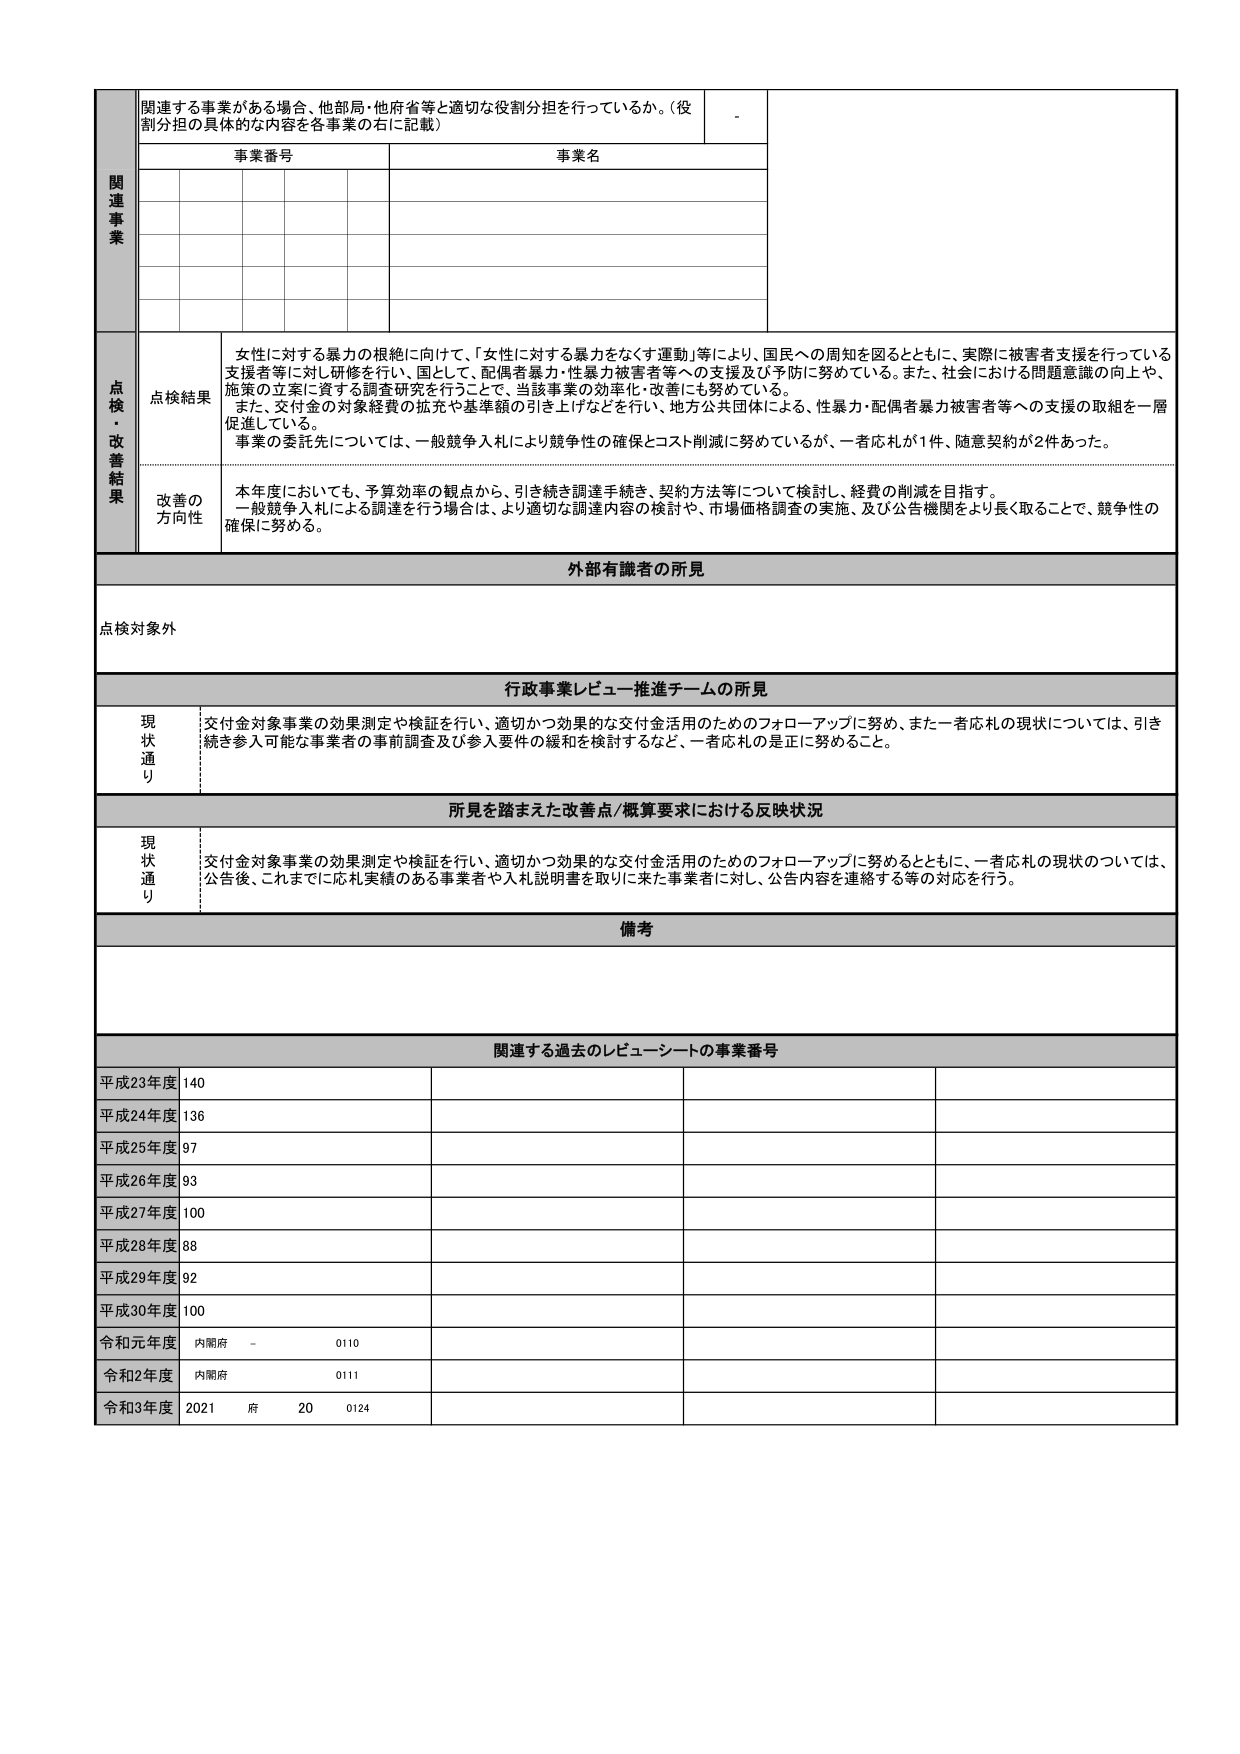
関連する事業がある場合、他部局・他府省等と適切な役割分担を行っているか。（役割分担の具体的な内容を各事業の右に記載）

関連事業

事業番号
事業名

点検・改善結果

点検結果
女性に対する暴力の根絶に向けて、「女性に対する暴力をなくす運動」等により、国民への周知を図るとともに、実際に被害者支援を行っている支援者等に対し研修を行い、国として、配偶者暴力・性暴力被害者等への支援及び予防に努めている。また、社会における問題意識の向上や、施策の立案に資する調査研究を行うことで、当該事業の効率化・改善にも努めている。
また、交付金の対象経費の拡充や基準額の引き上げなどを行い、地方公共団体による、性暴力・配偶者暴力被害者等への支援の取組を一層促進している。
事業の委託先については、一般競争入札により競争性の確保とコスト削減に努めているが、一者応札が1件、随意契約が2件あった。

改善の方向性
本年度においても、予算効率の観点から、引き続き調達手続き、契約方法等について検討し、経費の削減を目指す。
一般競争入札による調達を行う場合は、より適切な調達内容の検討や、市場価格調査の実施、及び公告機関をより長く取ることで、競争性の確保に努める。

外部有識者の所見

点検対象外

行政事業レビュー推進チームの所見

現状通り
交付金対象事業の効果測定や検証を行い、適切かつ効果的な交付金活用のためのフォローアップに努め、また一者応札の現状については、引き続き参入可能な事業者の事前調査及び参入要件の緩和を検討するなど、一者応札の是正に努めること。

所見を踏まえた改善点/概算要求における反映状況

現状通り
交付金対象事業の効果測定や検証を行い、適切かつ効果的な交付金活用のためのフォローアップに努めるとともに、一者応札の現状については、公告後、これまでに応札実績のある事業者や入札説明書を取りに来た事業者に対し、公告内容を連絡する等の対応を行う。

備考

関連する過去のレビューシートの事業番号

平成23年度 140
平成24年度 136
平成25年度 97
平成26年度 93
平成27年度 100
平成28年度 88
平成29年度 92
平成30年度 100
令和元年度 内閣府 - 0110
令和2年度 内閣府 0111
令和3年度 2021 府 20 0124